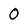
Character: 0